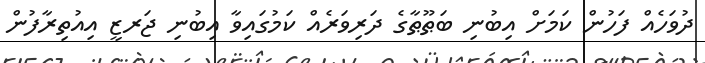
ދުވަހެއް ފަހުން ކަމަށް އިބުނި ބަޠޫޠާގެ ދަރިވަރެއް ކަމުގައިވާ އިބުނި ޖަރޒީ އިއުތިރާފުން